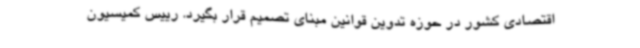
اقتصادی کشور در حوزه تدوین قوانین مبنای تصمیم قرار بگیرد. رییس کمیسیون